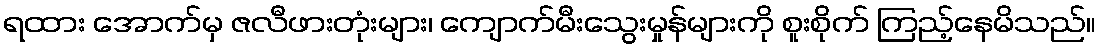
ရထား အောက်မှ ဇလီဖားတုံးများ၊ ကျောက်မီးသွေးမှုန်များကို စူးစိုက် ကြည့်နေမိသည်။